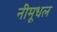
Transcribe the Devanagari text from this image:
नीमूधल